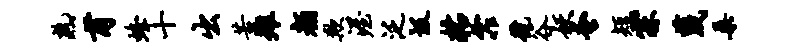
熟甫蜂十出苦雉颜欺渥泛圾粘霏号谷妖蚤短霖蔑桑